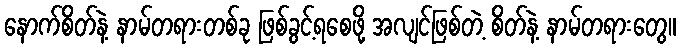
နောက်စိတ်နဲ့ နာမ်တရားတစ်ခု ဖြစ်ခွင့်ရစေဖို့ အလျင်ဖြစ်တဲ့ စိတ်နဲ့ နာမ်တရားတွေ။